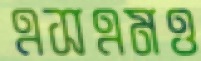
এসএমও